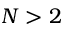
N > 2